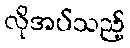
လိုအပ်သည့်